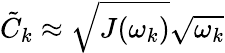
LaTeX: \tilde{C}_{k}\approx\sqrt{J(\omega_{k})}\sqrt{\omega_{k}}